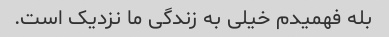
بله فهمیدم خیلی به زندگی ما نزدیک است.